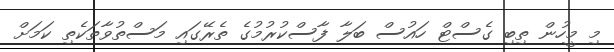
މި މީހުން ތިބި ގެސްޓް ހައުސް ބަލާ ފާސްކުރުމުގެ ތެރޭގައި މަސްތުވާތަކެތި ކަމަށް